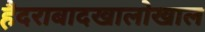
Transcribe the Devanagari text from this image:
हैदराबादखालोखाल